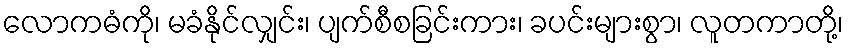
လောကဓံကို၊ မခံနိုင်လျှင်း၊ ပျက်စီစခြင်းကား၊ ခပင်းများစွာ၊ လူတကာတို့၊